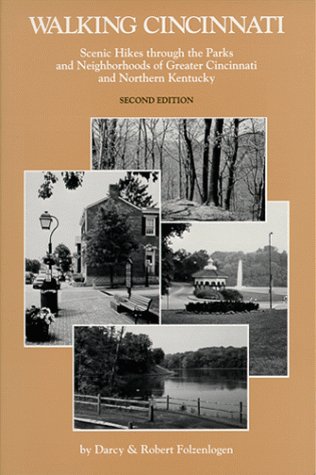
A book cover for Walking Cincinnati, Scenic Hikes through the Parks & Neighborhoods of Greater Cincinnati & Northern Kentucky, Second Edition; Darcy Folzenlogen; Travel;